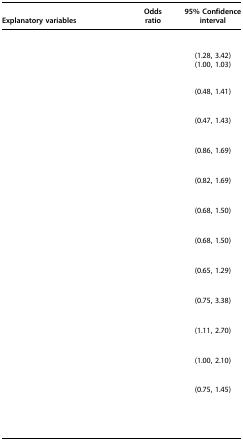
<table><thead><tr><td><b>Explanatory variables</b></td><td><b>Odds ratio</b></td><td><b>95% Confidence interval</b></td></tr></thead><tbody><tr><td colspan="3">[EMPTY_CELL]</td></tr><tr><td>[EMPTY_CELL]</td><td>[EMPTY_CELL]</td><td>[EMPTY_CELL]</td></tr><tr><td>[EMPTY_CELL]</td><td>[EMPTY_CELL]</td><td>(1.28, 3.42)</td></tr><tr><td>[EMPTY_CELL]</td><td>[EMPTY_CELL]</td><td>(1.00, 1.03)</td></tr><tr><td colspan="3">[EMPTY_CELL]</td></tr><tr><td>[EMPTY_CELL]</td><td>[EMPTY_CELL]</td><td>[EMPTY_CELL]</td></tr><tr><td>[EMPTY_CELL]</td><td>[EMPTY_CELL]</td><td>(0.48, 1.41)</td></tr><tr><td colspan="3">[EMPTY_CELL]</td></tr><tr><td>[EMPTY_CELL]</td><td>[EMPTY_CELL]</td><td>[EMPTY_CELL]</td></tr><tr><td>[EMPTY_CELL]</td><td>[EMPTY_CELL]</td><td>(0.47, 1.43)</td></tr><tr><td colspan="3">[EMPTY_CELL]</td></tr><tr><td>[EMPTY_CELL]</td><td>[EMPTY_CELL]</td><td>[EMPTY_CELL]</td></tr><tr><td>[EMPTY_CELL]</td><td>[EMPTY_CELL]</td><td>(0.86, 1.69)</td></tr><tr><td colspan="3">[EMPTY_CELL]</td></tr><tr><td>[EMPTY_CELL]</td><td>[EMPTY_CELL]</td><td>[EMPTY_CELL]</td></tr><tr><td>[EMPTY_CELL]</td><td>[EMPTY_CELL]</td><td>(0.82, 1.69)</td></tr><tr><td colspan="3">[EMPTY_CELL]</td></tr><tr><td>[EMPTY_CELL]</td><td>[EMPTY_CELL]</td><td>[EMPTY_CELL]</td></tr><tr><td>[EMPTY_CELL]</td><td>[EMPTY_CELL]</td><td>(0.68, 1.50)</td></tr><tr><td colspan="3">[EMPTY_CELL]</td></tr><tr><td>[EMPTY_CELL]</td><td>[EMPTY_CELL]</td><td>[EMPTY_CELL]</td></tr><tr><td>[EMPTY_CELL]</td><td>[EMPTY_CELL]</td><td>(0.68, 1.50)</td></tr><tr><td colspan="3">[EMPTY_CELL]</td></tr><tr><td>[EMPTY_CELL]</td><td>[EMPTY_CELL]</td><td>[EMPTY_CELL]</td></tr><tr><td>[EMPTY_CELL]</td><td>[EMPTY_CELL]</td><td>(0.65, 1.29)</td></tr><tr><td colspan="3">[EMPTY_CELL]</td></tr><tr><td>[EMPTY_CELL]</td><td>[EMPTY_CELL]</td><td>[EMPTY_CELL]</td></tr><tr><td>[EMPTY_CELL]</td><td>[EMPTY_CELL]</td><td>(0.75, 3.38)</td></tr><tr><td colspan="3">[EMPTY_CELL]</td></tr><tr><td>[EMPTY_CELL]</td><td>[EMPTY_CELL]</td><td>[EMPTY_CELL]</td></tr><tr><td>[EMPTY_CELL]</td><td>[EMPTY_CELL]</td><td>(1.11, 2.70)</td></tr><tr><td colspan="3">[EMPTY_CELL]</td></tr><tr><td>[EMPTY_CELL]</td><td>[EMPTY_CELL]</td><td>[EMPTY_CELL]</td></tr><tr><td>[EMPTY_CELL]</td><td>[EMPTY_CELL]</td><td>(1.00, 2.10)</td></tr><tr><td colspan="3">[EMPTY_CELL]</td></tr><tr><td>[EMPTY_CELL]</td><td>[EMPTY_CELL]</td><td>[EMPTY_CELL]</td></tr><tr><td>[EMPTY_CELL]</td><td>[EMPTY_CELL]</td><td>(0.75, 1.45)</td></tr><tr><td colspan="3">[EMPTY_CELL]</td></tr><tr><td>[EMPTY_CELL]</td><td colspan="2">[EMPTY_CELL]</td></tr><tr><td>[EMPTY_CELL]</td><td colspan="2">[EMPTY_CELL]</td></tr><tr><td>[EMPTY_CELL]</td><td colspan="2">[EMPTY_CELL]</td></tr></tbody></table>